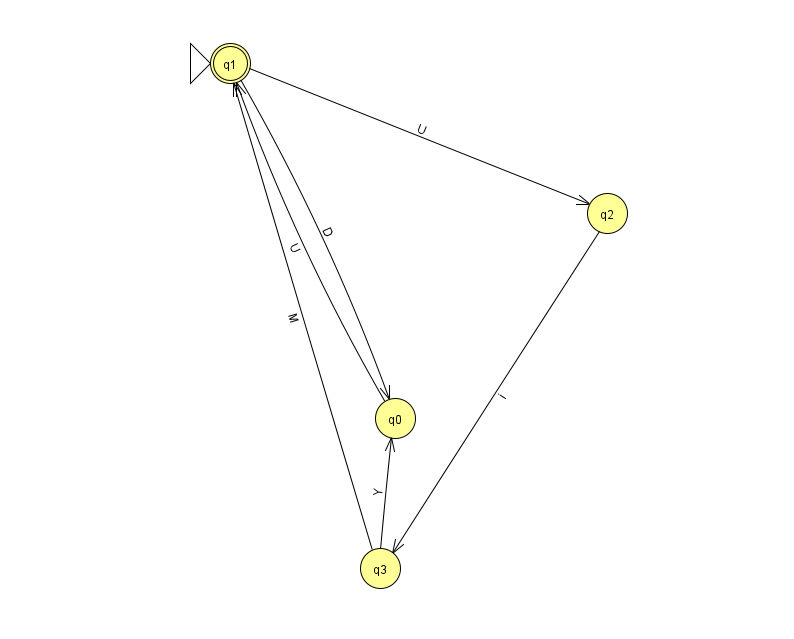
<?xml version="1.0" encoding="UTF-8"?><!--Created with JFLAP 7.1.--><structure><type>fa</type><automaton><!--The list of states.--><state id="0" name="q0"><x>395.0</x><y>405.0</y></state><state id="1" name="q1"><x>230.0</x><y>50.0</y><initial/><final/></state><state id="2" name="q2"><x>607.0</x><y>200.0</y></state><state id="3" name="q3"><x>380.0</x><y>555.0</y></state><!--The list of transitions.--><transition><from>3</from><to>0</to><read>Y</read></transition><transition><from>1</from><to>2</to><read>U</read></transition><transition><from>2</from><to>3</to><read>i</read></transition><transition><from>0</from><to>1</to><read>U</read></transition><transition><from>1</from><to>0</to><read>D</read></transition><transition><from>3</from><to>1</to><read>M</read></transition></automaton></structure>